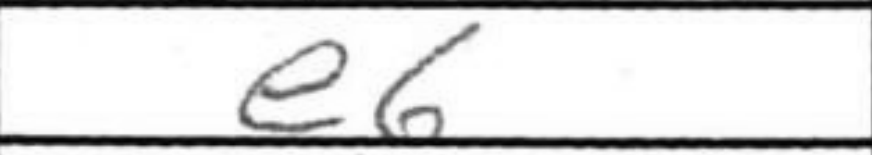
Transcription: e6